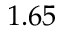
1 . 6 5